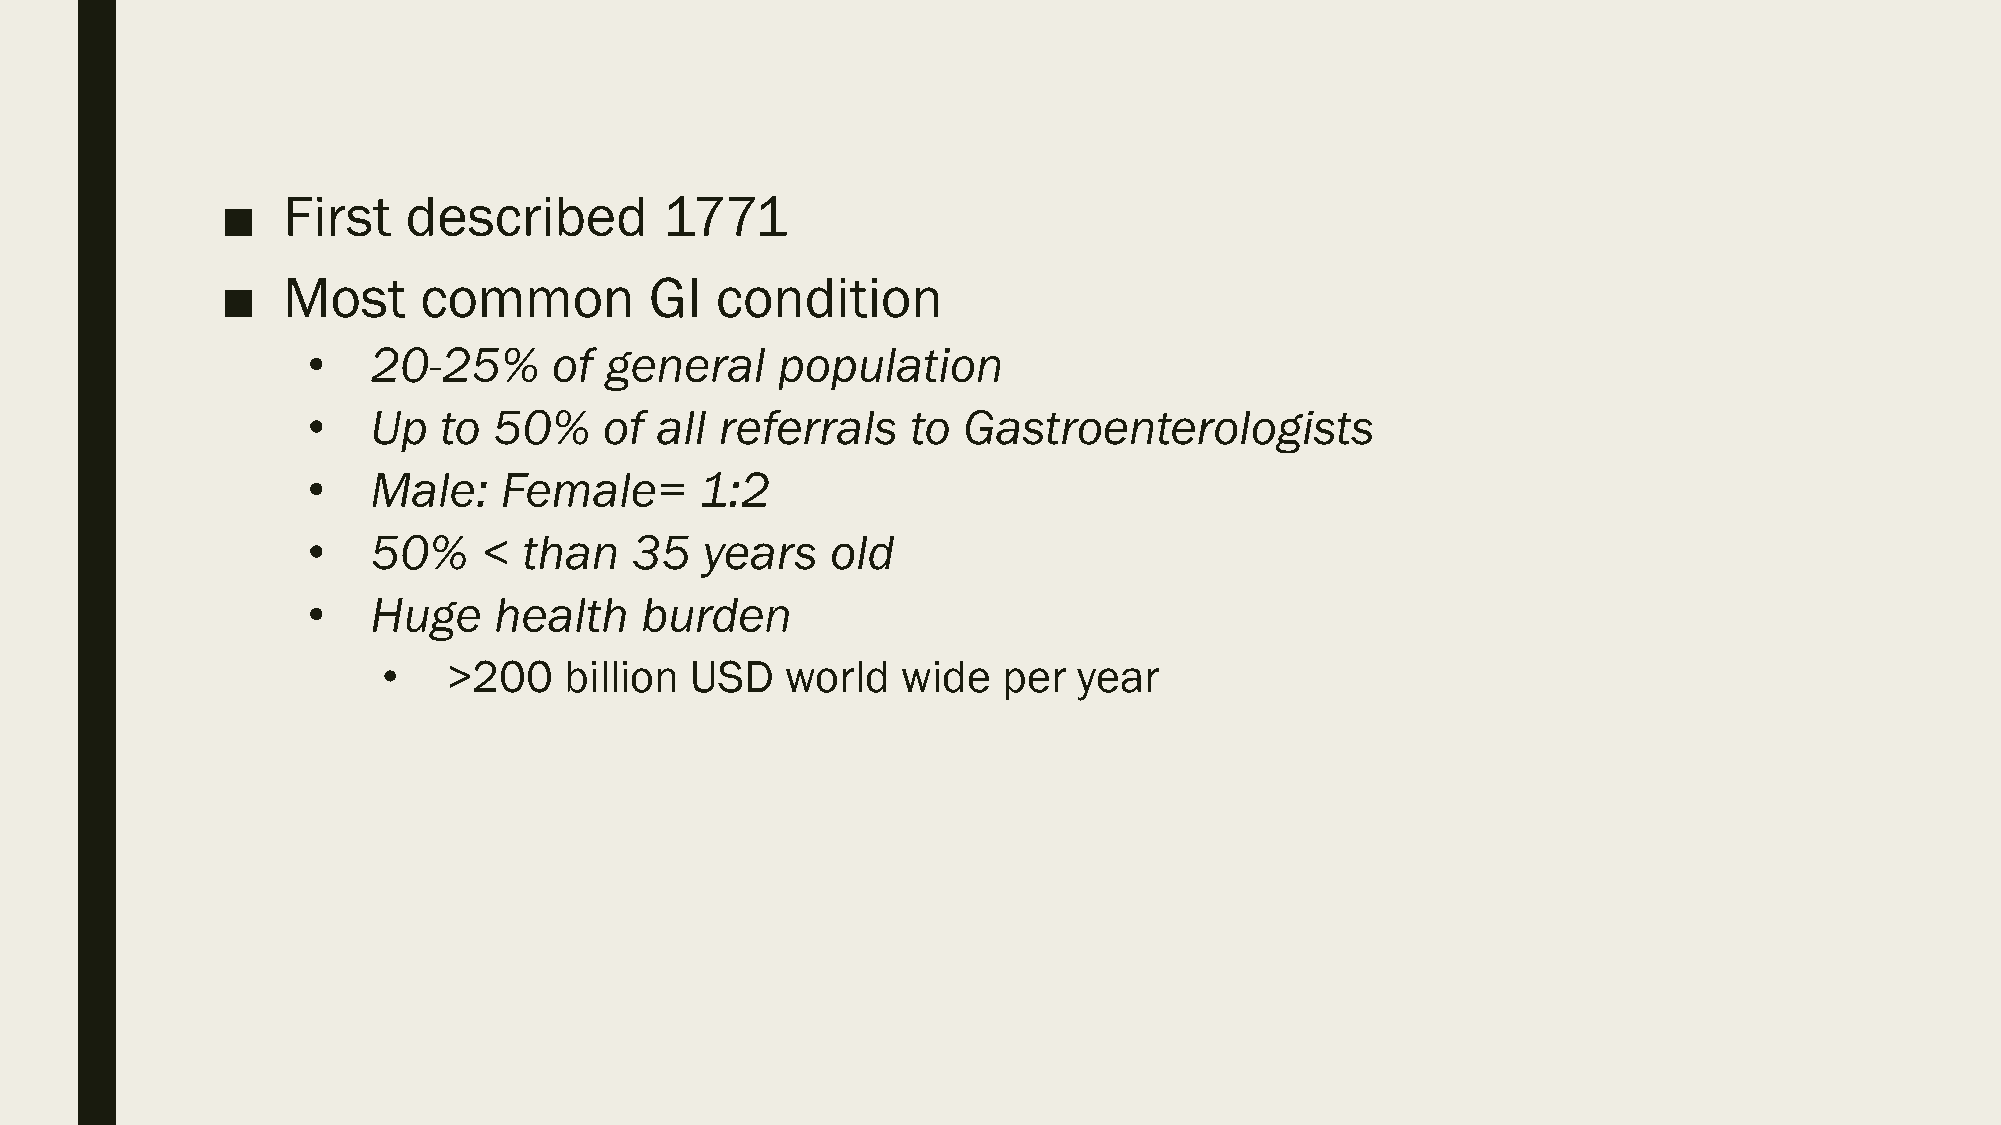
■   First   described        1771
 ■   Most     common         GI  condition
 •    20-25%      of general    population
 •    Up  to  50%    of all  referrals   to  Gastroenterologists
 •    Male:   Female=      1:2
 •    50%    <  than   35   years   old
 •    Huge    health   burden
 •   >200    billion  USD   world   wide  per  year